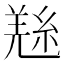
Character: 𱻎